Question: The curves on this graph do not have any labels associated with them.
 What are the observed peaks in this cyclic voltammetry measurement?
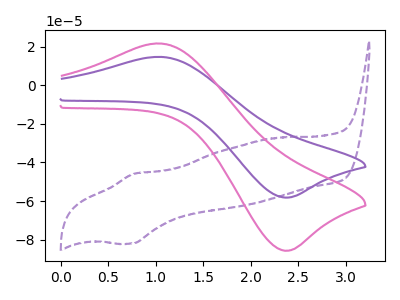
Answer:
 <answer>The purple dashed curve "purple dashed" has an anodic peak at (0.75V, -45.95uA) and a cathodic peak at (0.75V, -82.00uA). The purple curve "purple" has an anodic peak at (1.05V, 14.65uA) and a cathodic peak at (2.40V, -58.20uA). The pink curve "pink" has an anodic peak at (1.05V, 21.60uA) and a cathodic peak at (2.40V, -85.70uA).</answer>
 <eval></eval>